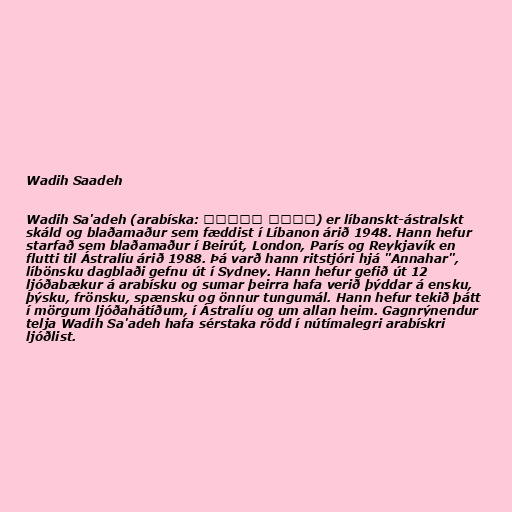
Wadih Saadeh

Wadih Sa'adeh (arabíska: وديع سعادة) er líbanskt-ástralskt
skáld og blaðamaður sem fæddist í Líbanon árið 1948. Hann hefur
starfað sem blaðamaður í Beirút, London, París og Reykjavík en
flutti til Ástralíu árið 1988. Þá varð hann ritstjóri hjá "Annahar",
líbönsku dagblaði gefnu út í Sydney. Hann hefur gefið út 12
ljóðabækur á arabísku og sumar þeirra hafa verið þýddar á ensku,
þýsku, frönsku, spænsku og önnur tungumál. Hann hefur tekið þátt
í mörgum ljóðahátíðum, í Ástralíu og um allan heim. Gagnrýnendur
telja Wadih Sa'adeh hafa sérstaka rödd í nútímalegri arabískri
ljóðlist.